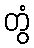
တွံ